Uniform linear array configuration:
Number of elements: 32
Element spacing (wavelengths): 0.5
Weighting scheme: cosine
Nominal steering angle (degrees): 60
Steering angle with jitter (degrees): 60.059
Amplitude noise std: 0.05
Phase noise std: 0.05

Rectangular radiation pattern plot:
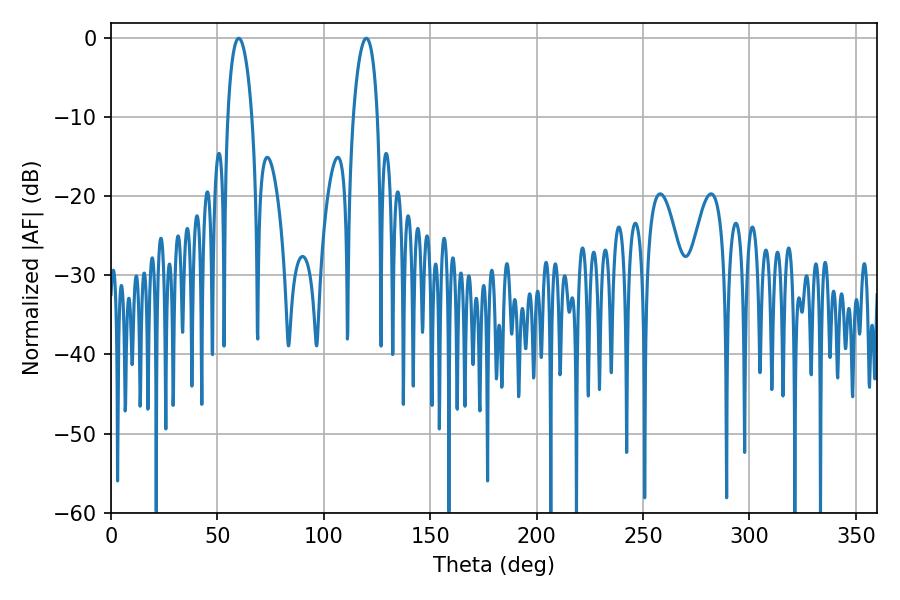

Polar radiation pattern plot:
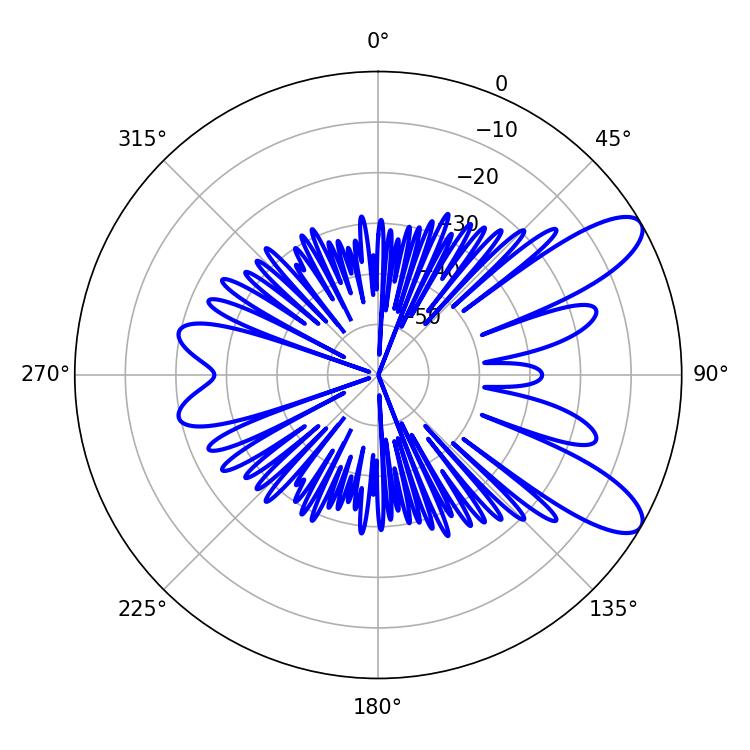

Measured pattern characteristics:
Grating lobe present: FALSE
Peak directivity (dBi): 9.734
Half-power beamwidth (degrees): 6.48
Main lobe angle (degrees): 59.94